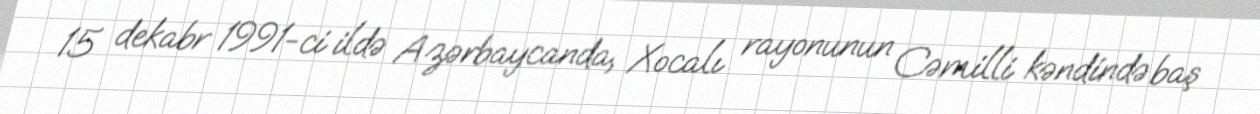
15 dekabr 1991-ci ildə Azərbaycanda, Xocalı rayonunun Cəmilli kəndində baş